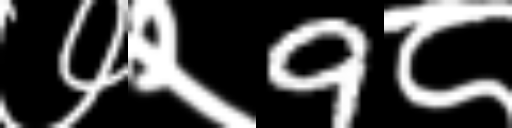
Text: ७२9८